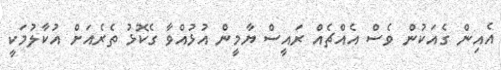
އެއިން ގެއަކުން ވެސް އެއްޗެއް ރައީސް ޔާމީން އުޅުއްވާ ގެކޮޅު ތެރެއަށް އުކާލުމަކީ